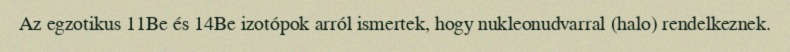
Az egzotikus 11Be és 14Be izotópok arról ismertek, hogy nukleonudvarral (halo) rendelkeznek.